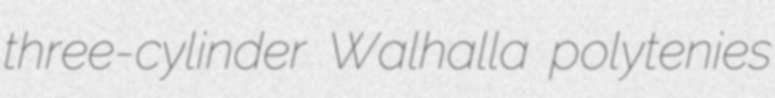
three-cylinder Walhalla polytenies